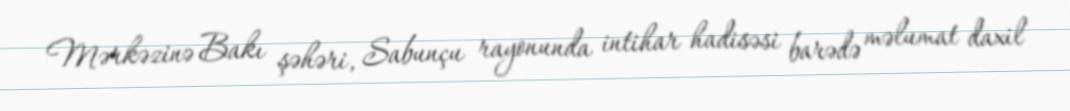
Mərkəzinə Bakı şəhəri, Sabunçu rayonunda intihar hadisəsi barədə məlumat daxil